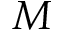
M